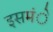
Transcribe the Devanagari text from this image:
इसमंे